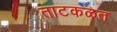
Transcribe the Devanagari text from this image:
ताटकळत